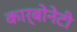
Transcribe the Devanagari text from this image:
कार्बोनेटी